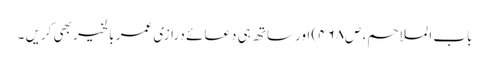
باب الملاحم، ص۴۶۸) اورساتھ ہی دعائے درازی عمر بالخیر بھی کریں ۔